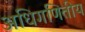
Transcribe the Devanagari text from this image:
अधिगणितीय